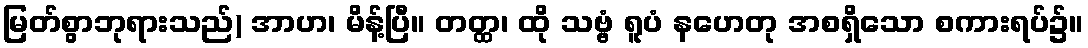
မြတ်စွာဘုရားသည်) အာဟ၊ မိန့်ပြီ။ တတ္ထ၊ ထို သဗ္ဗံ ရူပံ နဟေတု အစရှိသော စကားရပ်၌။